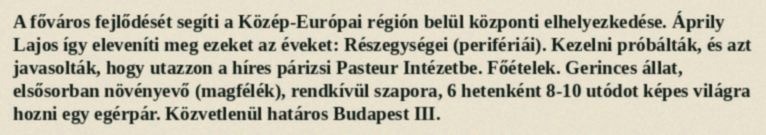
A főváros fejlődését segíti a Közép-Európai régión belül központi elhelyezkedése. Áprily Lajos így eleveníti meg ezeket az éveket: Részegységei (perifériái). Kezelni próbálták, és azt javasolták, hogy utazzon a híres párizsi Pasteur Intézetbe. Főételek. Gerinces állat, elsősorban növényevő (magfélék), rendkívül szapora, 6 hetenként 8-10 utódot képes világra hozni egy egérpár. Közvetlenül határos Budapest III.